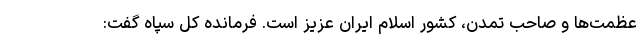
عظمت‌ها و صاحب تمدن، کشور اسلام ایران عزیز است. فرمانده کل سپاه گفت: